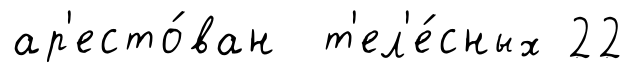
ар'есто́ван т'ел'е́сных 22